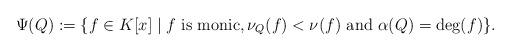
LaTeX: \begin{align*}\Psi(Q):=\{f\in K[x]\mid f\mbox{ is monic},\nu_Q(f)< \nu(f)\mbox{ and }\alpha(Q)=\deg (f)\}.\end{align*}